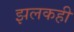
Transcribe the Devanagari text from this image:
झलकही